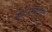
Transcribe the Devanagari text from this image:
इण्टरमडिएट